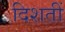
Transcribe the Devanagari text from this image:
दिशतीं